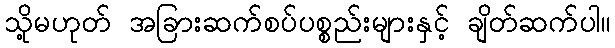
သို့မဟုတ် အခြားဆက်စပ်ပစ္စည်းများနှင့် ချိတ်ဆက်ပါ။